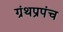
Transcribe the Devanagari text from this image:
ग्रंथप्रपंच